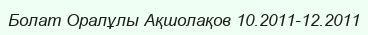
Болат Оралұлы Ақшолақов 10.2011-12.2011